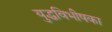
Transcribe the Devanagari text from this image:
युद्धविभीषका